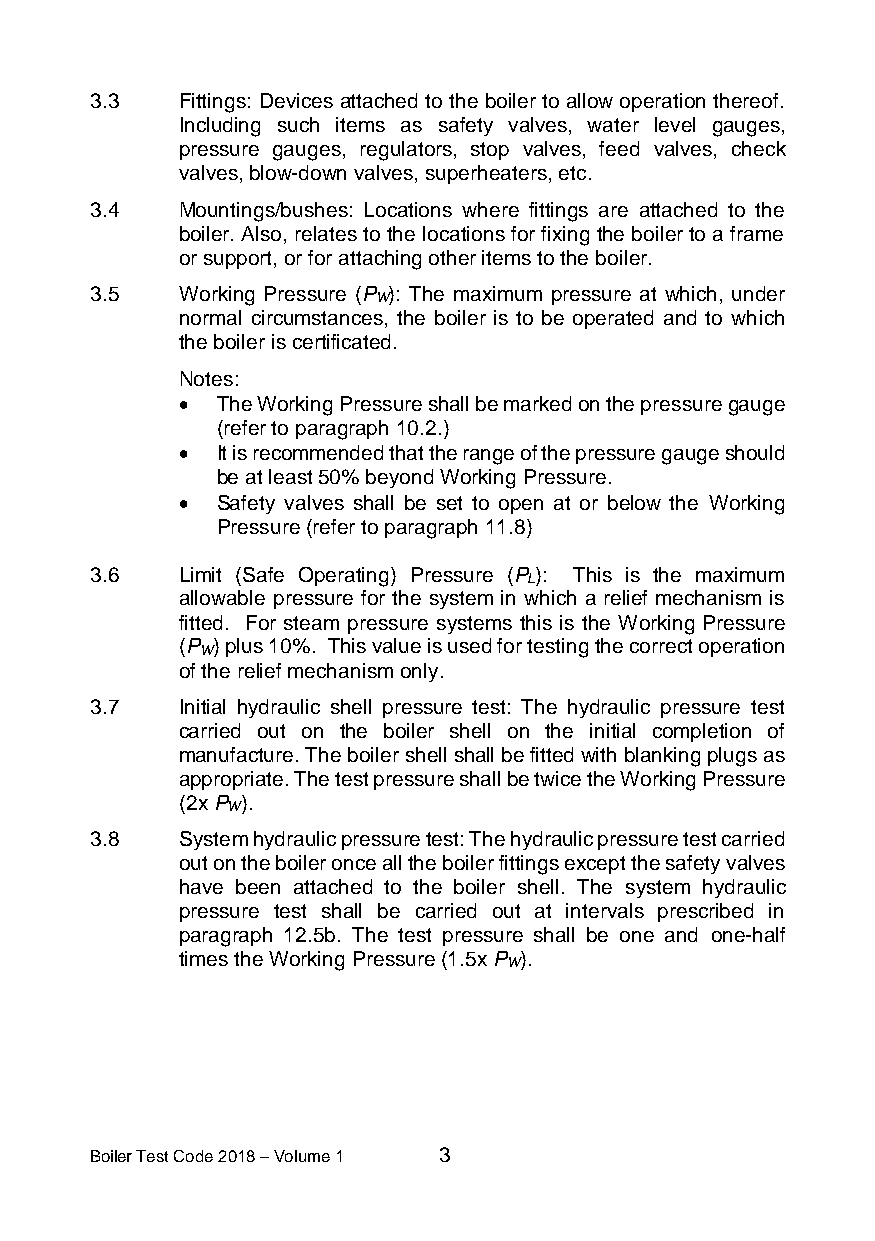
3.3   Fittings: Devices attached to the boiler to allow operation thereof.
 Including such items as safety valves, water level gauges,
 pressure gauges, regulators, stop valves, feed valves, check
 valves, blow down valves, superheaters, etc.
 3.4   Mountings/bushes: Locations where fittings are attached to the
 boiler. Also, relates to the locations for fixing the boiler to a frame
 or support, or for attaching other items to the boiler.
 3.5   Working Pressure (P ): The maximum pressure at which, under
 W
 normal circumstances, the boiler is to be operated and to which
 the boiler is certificated.
 Notes:
 • The Working Pressure shall be marked on the pressure gauge
 (refer to paragraph 10.2.)
 • It is recommended that the range of the pressure gauge should
 be at least 50% beyond Working Pressure.
 • Safety valves shall be set to open at or below the Working
 Pressure (refer to paragraph 11.8)
 3.6   Limit (Safe Operating) Pressure (P ): This is the maximum
 L
 allowable pressure for the system in which a relief mechanism is
 fitted. For steam pressure systems this is the Working Pressure
 (P ) plus 10%. This value is used for testing the correct operation
 W
 of the relief mechanism only.
 3.7   Initial hydraulic shell pressure test: The hydraulic pressure test
 carried out on the boiler shell on the initial completion of
 manufacture. The boiler shell shall be fitted with blanking plugs as
 appropriate. The test pressure shall be twice the Working Pressure
 (2x P ).
 W
 3.8   System hydraulic pressure test: The hydraulic pressure test carried
 out on the boiler once all the boiler fittings except the safety valves
 have been attached to the boiler shell. The system hydraulic
 pressure test shall be carried out at intervals prescribed in
 paragraph 12.5b. The test pressure shall be one and one-half
 times the Working Pressure (1.5x P ).
 W
 Boiler Test Code 2018 – Volume 1 3